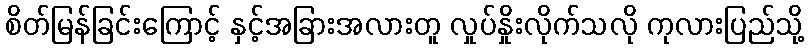
စိတ်မြန်ခြင်းကြောင့် နှင့်အခြားအလားတူ လှုပ်နှိုးလိုက်သလို ကုလားပြည်သို့